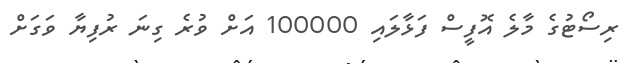
ރިސޯޓުގެ މާލެ އޮފީސް ފަޅާލައި 100000 އަށް ވުރެ ގިނަ ރުފިޔާ ވަގަށް